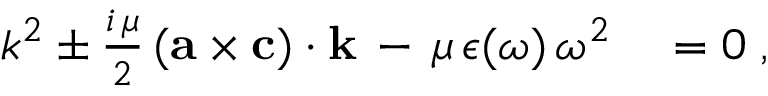
\begin{array} { r l } { k ^ { 2 } \pm \frac { i \, \mu } { 2 } \, ( { \bf a } \times { \bf c } ) \cdot { \bf k } \, - \, \mu \, \epsilon ( \omega ) \, \omega ^ { 2 } } & { { } = 0 \; , } \end{array}